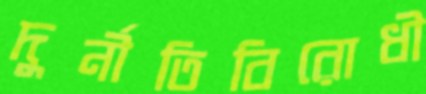
দুর্নীতিবিরোধী